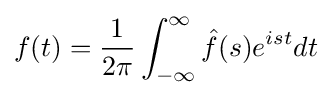
f(t)={\frac {1}{2\pi }}\int _{-\infty }^{\infty }{\hat {f}}(s)e^{ist}dt